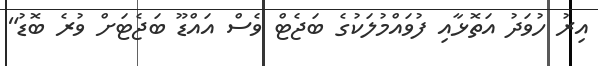
އިރު ހުވަދު އަތޮޅާއި ފުވައްމުލަކުގެ ބަޖެޓް ވެސް އައްޑޫ ބަޖެޓަށް ވުރެ ބޮޑު"